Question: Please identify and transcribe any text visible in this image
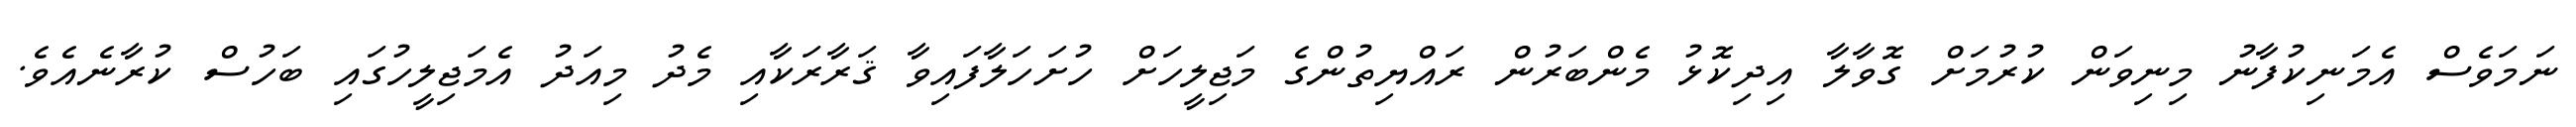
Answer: ނަމަވެސް އެމަނިކުފާނު މިނިވަން ކުރުމަށް ގޮވާލާ އިދިކޮޅު މެންބަރުން ރައްޔިތުންގެ މަޖިލީހަށް ހުށަހަލާފައިވާ ޤަރާރަކާއި މެދު މިއަދު އެމަޖިލީހުގައި ބަހުސް ކުރާނެއެވެ.